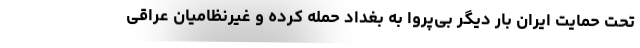
تحت حمایت ایران بار دیگر بی‌پروا به بغداد حمله کرده و غیرنظامیان عراقی